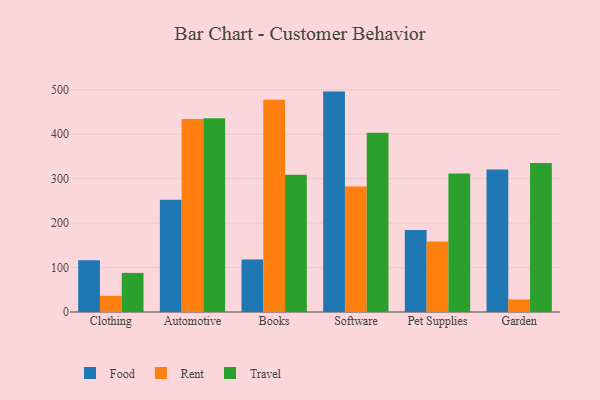
{"axis": {"x": "Category", "y": "Page Views"}, "legend": ["Food", "Rent", "Travel"], "data": [{"x": "Clothing", "y": 116.6, "type": "Food"}, {"x": "Clothing", "y": 36.4, "type": "Rent"}, {"x": "Clothing", "y": 88.0, "type": "Travel"}, {"x": "Automotive", "y": 252.6, "type": "Food"}, {"x": "Automotive", "y": 434.5, "type": "Rent"}, {"x": "Automotive", "y": 435.8, "type": "Travel"}, {"x": "Books", "y": 118.4, "type": "Food"}, {"x": "Books", "y": 477.5, "type": "Rent"}, {"x": "Books", "y": 308.7, "type": "Travel"}, {"x": "Software", "y": 495.9, "type": "Food"}, {"x": "Software", "y": 282.1, "type": "Rent"}, {"x": "Software", "y": 403.4, "type": "Travel"}, {"x": "Pet Supplies", "y": 184.3, "type": "Food"}, {"x": "Pet Supplies", "y": 158.4, "type": "Rent"}, {"x": "Pet Supplies", "y": 311.6, "type": "Travel"}, {"x": "Garden", "y": 320.8, "type": "Food"}, {"x": "Garden", "y": 28.1, "type": "Rent"}, {"x": "Garden", "y": 335.2, "type": "Travel"}]}